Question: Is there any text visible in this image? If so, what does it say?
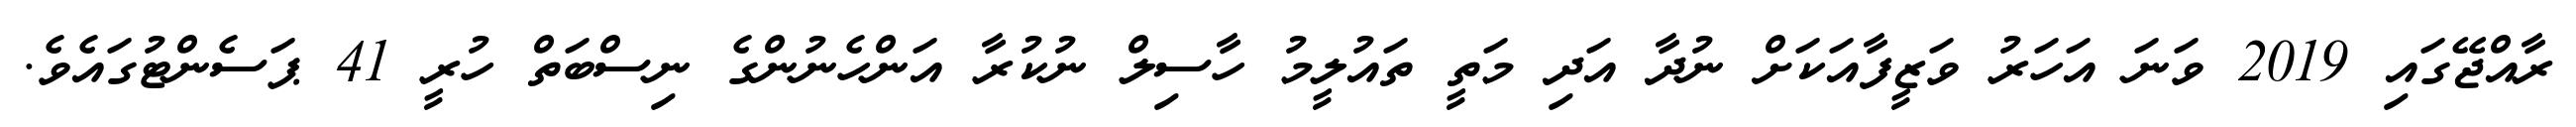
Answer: ރާއްޖޭގައި 2019 ވަނަ އަހަރު ވަޒީފާއަކަށް ނުދާ އަދި މަތީ ތައުލީމު ހާސިލް ނުކުރާ އަންހެނުންގެ ނިސްބަތް ހުރީ 41 ޕަސެންޓުގައެވެ.